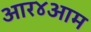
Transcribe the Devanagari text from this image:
आर४आम